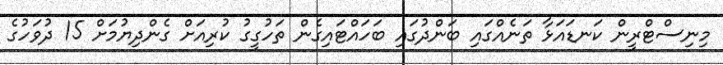
މިނިސްޓްރީން ކަނޑައަޅާ ތަނެއްގައި ބަންދުގައި ބަހައްޓައިގެން ތަހުގީގު ކުރިއަށް ގެންދިޔުމަށް 15 ދުވަހުގެ